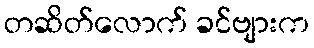
တဆိတ်လောက် ခင်ဗျားက